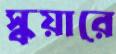
স্কয়ারে